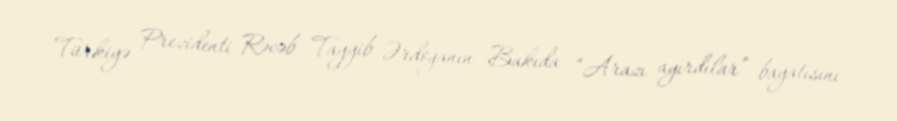
Türkiyə Prezidenti Rəcəb Tayyib Ərdoğanın Bakıda “Arazı ayırdılar” bayatısını